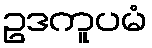
ဥဒကူပမံ